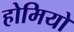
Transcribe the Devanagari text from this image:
होमियो